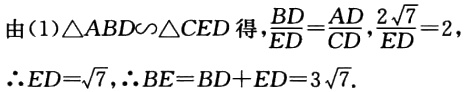
由(1)$\triangle ABD\sim\triangle CED$得，$\frac{BD}{ED}=\frac{AD}{CD}$，$\frac{2\sqrt{7}}{ED}=2$，

$\therefore ED = \sqrt{7}$，$\therefore BE=BD + ED = 3\sqrt{7}$.